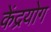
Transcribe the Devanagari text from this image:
केंद्रयोग